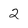
Character: 2